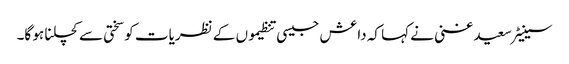
سینیٹر سعید غنی نے کہا کہ داعش جیسی تنظیموں کے نظریات کو سختی سے کچلنا ہو گا۔